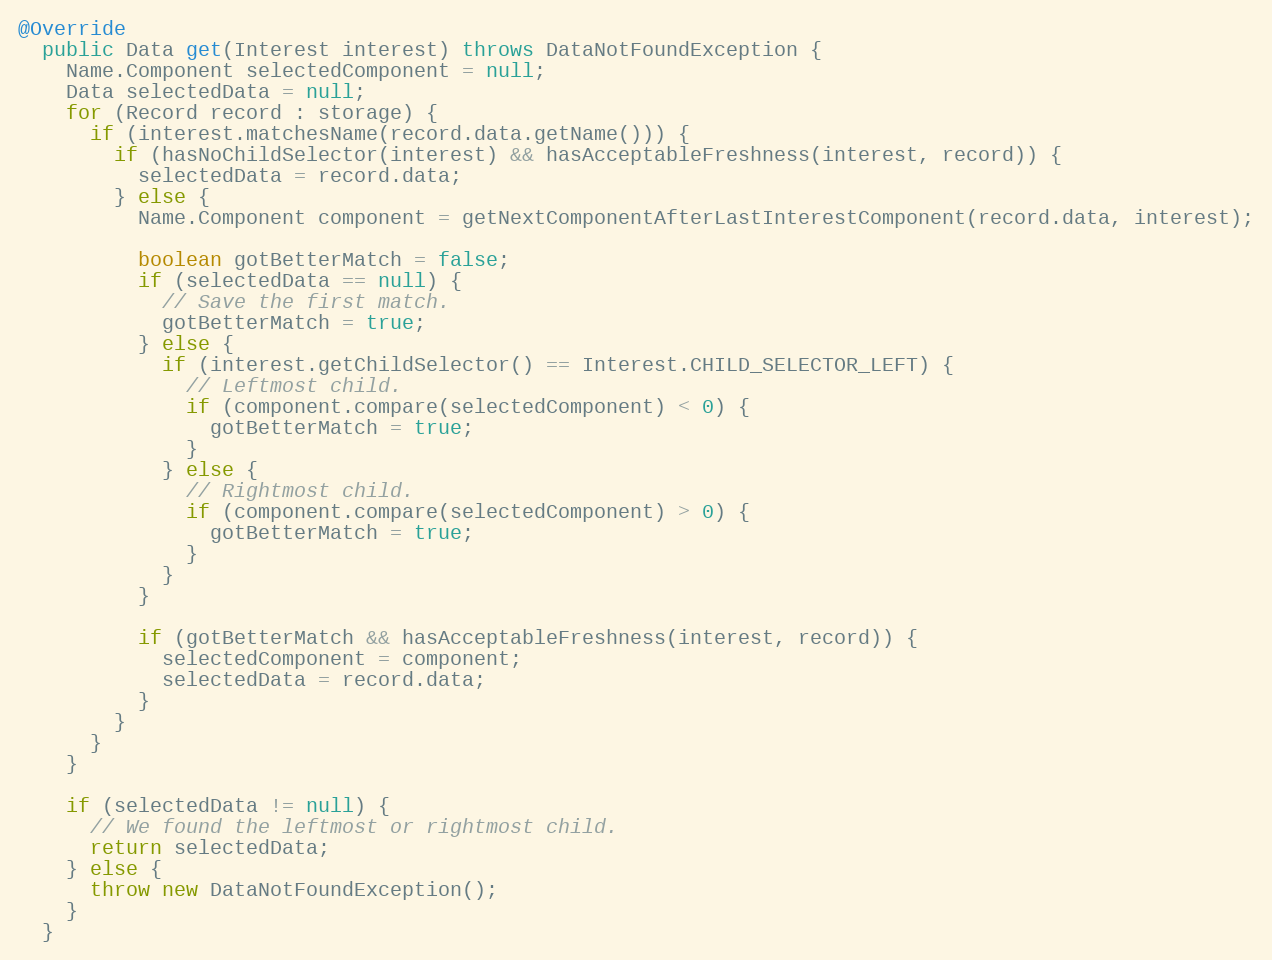
Language: Java
@Override
  public Data get(Interest interest) throws DataNotFoundException {
    Name.Component selectedComponent = null;
    Data selectedData = null;
    for (Record record : storage) {
      if (interest.matchesName(record.data.getName())) {
        if (hasNoChildSelector(interest) && hasAcceptableFreshness(interest, record)) {
          selectedData = record.data;
        } else {
          Name.Component component = getNextComponentAfterLastInterestComponent(record.data, interest);

          boolean gotBetterMatch = false;
          if (selectedData == null) {
            // Save the first match.
            gotBetterMatch = true;
          } else {
            if (interest.getChildSelector() == Interest.CHILD_SELECTOR_LEFT) {
              // Leftmost child.
              if (component.compare(selectedComponent) < 0) {
                gotBetterMatch = true;
              }
            } else {
              // Rightmost child.
              if (component.compare(selectedComponent) > 0) {
                gotBetterMatch = true;
              }
            }
          }

          if (gotBetterMatch && hasAcceptableFreshness(interest, record)) {
            selectedComponent = component;
            selectedData = record.data;
          }
        }
      }
    }

    if (selectedData != null) {
      // We found the leftmost or rightmost child.
      return selectedData;
    } else {
      throw new DataNotFoundException();
    }
  }